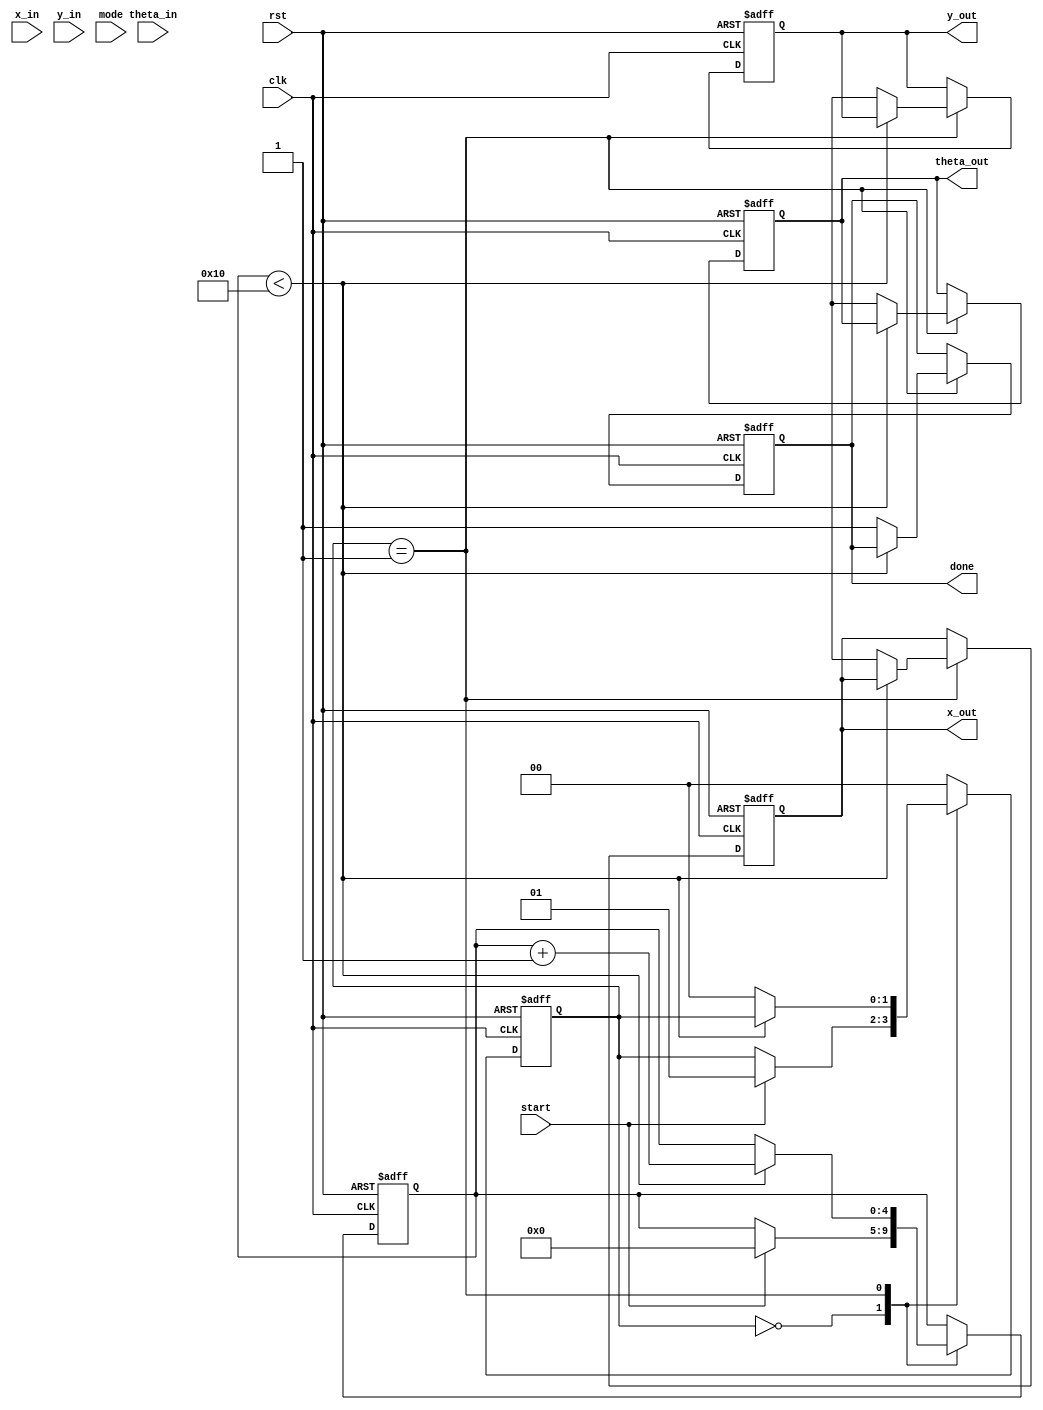
module unified_cordic (
    input wire clk,
    input wire rst,
    input wire start,
    input wire [15:0] x_in,
    input wire [15:0] y_in,
    input wire [15:0] theta_in,
    input wire [1:0] mode, // 00: Rotation, 01: Vectoring, 10: Hyperbolic
    output reg [15:0] x_out,
    output reg [15:0] y_out,
    output reg [15:0] theta_out,
    output reg done
);

    parameter NUM_ITER = 16; // Number of CORDIC iterations
    reg [15:0] x [0:NUM_ITER-1]; // X register array
    reg [15:0] y [0:NUM_ITER-1]; // Y register array
    reg [15:0] theta [0:NUM_ITER-1]; // Theta register array
    reg [15:0] angle_table [0:NUM_ITER-1]; // Precomputed angle values
    reg [4:0] iteration_count; // Iteration counter
    reg [1:0] state; // State machine for operation

    // Initialize angle table with arctangent values for Rotation mode
    initial begin
        angle_table[0] = 16'h0;      // atan(0)
        angle_table[1] = 16'h26DD;   // atan(1/2^1)
        angle_table[2] = 16'h1B9F;   // atan(1/2^2)
        angle_table[3] = 16'h0FAD;   // atan(1/2^3)
        angle_table[4] = 16'h07F8;   // atan(1/2^4)
        // Fill in additional values ...
    end

    // State machine management and processing
    always @(posedge clk or posedge rst) begin
        if (rst) begin
            iteration_count <= 0;
            x_out <= 0;
            y_out <= 0;
            theta_out <= 0;
            done <= 0;
            state <= 0;
        end else begin
            case (state)
                0: begin // Idle state
                    if (start) begin
                        // Load initial values based on mode
                        x[0] <= x_in;
                        y[0] <= y_in;
                        theta[0] <= theta_in;
                        iteration_count <= 0;
                        state <= 1; // Move to processing state
                    end
                end

                1: begin // Processing state
                    if (iteration_count < NUM_ITER) begin
                        case (mode)
                            2'b00: begin // Rotation mode
                                if (y[iteration_count] < 0) begin
                                    x[iteration_count + 1] <= x[iteration_count] + (y[iteration_count] >> iteration_count);
                                    y[iteration_count + 1] <= y[iteration_count] + (x[iteration_count] >> iteration_count);
                                    theta[iteration_count + 1] <= theta[iteration_count] - angle_table[iteration_count];
                                end else begin
                                    x[iteration_count + 1] <= x[iteration_count] - (y[iteration_count] >> iteration_count);
                                    y[iteration_count + 1] <= y[iteration_count] + (x[iteration_count] >> iteration_count);
                                    theta[iteration_count + 1] <= theta[iteration_count] + angle_table[iteration_count];
                                end
                            end

                            2'b01: begin // Vectoring mode
                                // Implementation for vectoring mode
                                // Similar logic as rotation but targeting Y = 0
                            end

                            2'b10: begin // Hyperbolic mode
                                // Implementation for hyperbolic mode
                                // Similar logic but with hyperbolic adjustments
                            end
                        endcase
                        iteration_count <= iteration_count + 1; // Move to the next iteration
                    end else begin
                        // Final outputs
                        x_out <= x[NUM_ITER];
                        y_out <= y[NUM_ITER];
                        theta_out <= theta[NUM_ITER];
                        done <= 1; // Indicate processing is done
                        state <= 0; // Return to idle state
                    end
                end

                default: state <= 0; // Safety state
            endcase
        end
    end
endmodule